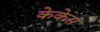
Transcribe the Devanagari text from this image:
केकेस